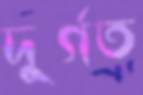
দুর্গত